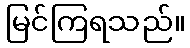
မြင်ကြရသည်။